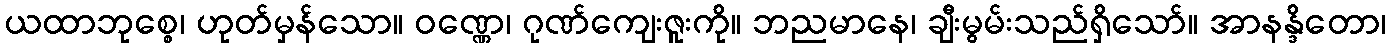
ယထာဘုစ္စေ၊ ဟုတ်မှန်သော။ ဝဏ္ဏေ၊ ဂုဏ်ကျေးဇူးကို။ ဘညမာနေ၊ ချီးမွမ်းသည်ရှိသော်။ အာနန္ဒိတော၊